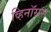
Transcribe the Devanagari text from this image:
व्हिनॉसस